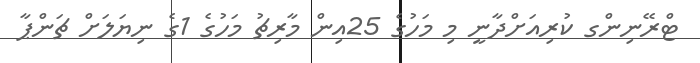
ޓްރޭނިންގ ކުރިއަށްދާނީ މި މަހުގެ 25އިން މާރިޗު މަހުގެ 1ގެ ނިޔަލަށް ޗަންޕާ